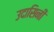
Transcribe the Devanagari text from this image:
उदासिनी